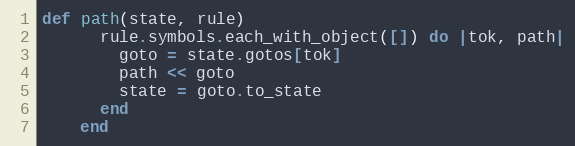
Language: Ruby
def path(state, rule)
      rule.symbols.each_with_object([]) do |tok, path|
        goto = state.gotos[tok]
        path << goto
        state = goto.to_state
      end
    end